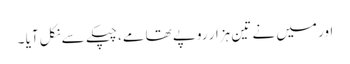
اور میں نے تین ہزار روپے تھامے، چپکے سے نکل آیا ۔